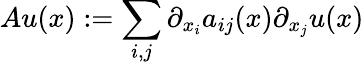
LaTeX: Au(x):=\sum_{i,j}\partial_{x_{i}}a_{ij}(x)\partial_{x_{j}}u(x)